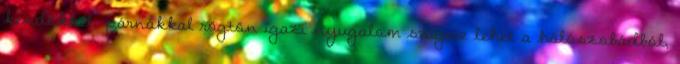
kendőkkel, párnákkal rögtön igazi nyugalom szigete lehet a hálószobádból,